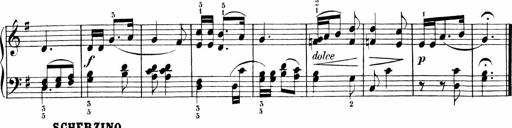
Title: Sonatinen Op.47, 98 und 136, nebst 6 Liedersonatinen
Composer: Carl Reinecke